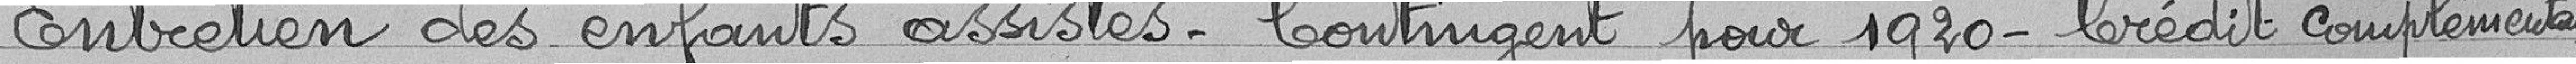
Entretien des enfants assistés - Contingent pour 1920 - Crédit complémentaire